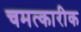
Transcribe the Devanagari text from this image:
चमत्कारीक